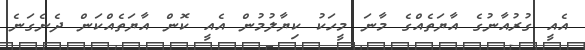
އެއީ ގުރުއާނުގެ އާޔަތެއްގެ މާނަ މީހަކު ކިޔާލުމުން އެއީ ކޮން އާޔަތެއްކަން ދެނެގަނެ